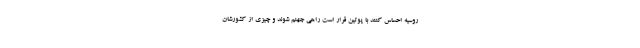
روسیه احساس کنند با پوتین قرار است راهی جهنم شوند و چیزی از کشورشان